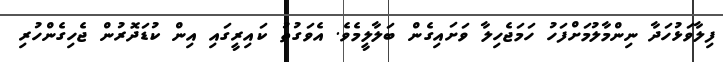
ފިލާވަޅުހަދާ ނިންމާލުމަށްފަހު ހަމަޖެހިލާ ވަށައިގެން ބަލާލީމެވެ. އެވަގުތު ކައިރީގައި އިން ކުޑަދޮރުން ޖެހިގެންހުރި